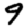
Digit: 9